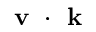
\textbf { v } \cdot { } \textbf { k }